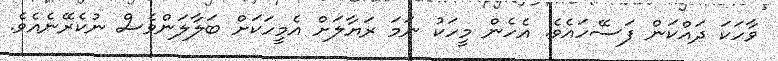
ވާހަކަ ދައްކަން ފަސޭހައެވެ. އެހެން މީހަކު ނަމަ ރަޔާލަށް އެމީހަކަށް ބަލާލަންވެސް ނުކެރޭނެއެވެ.